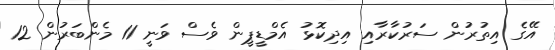
އޭގެ އިތުރުން ސަރުކާރާއި އިދިކޮޅު އެމްޑީޕީން ވެސް ވަނީ 11 މެންބަރުން 12